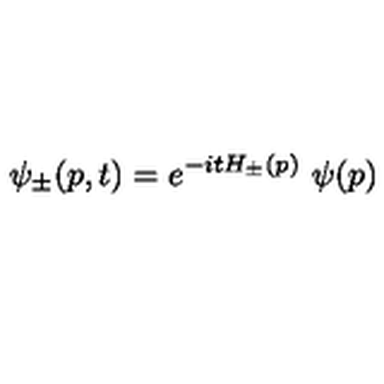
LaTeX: \psi _ { \pm } ( p , t ) = e ^ { - i t H _ { \pm } ( p ) } \ \psi ( p )